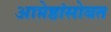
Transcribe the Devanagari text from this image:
आप्तेष्ठांसोबत